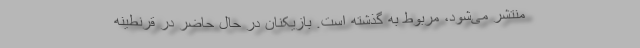
منتشر می‌شود، مربوط به گذشته است. بازیکنان در حال حاضر در قرنطینه